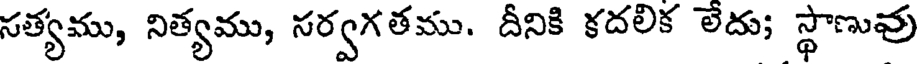
సత్యము, నిత్యము, సర్వగతము. దీనికి కదలిక లేదు; స్థాణువు